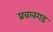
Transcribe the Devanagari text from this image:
प्रबलगड